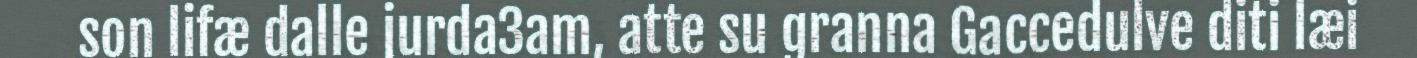
son lifæ dalle jurda3am, atte su granna Gaccedulve diti læi